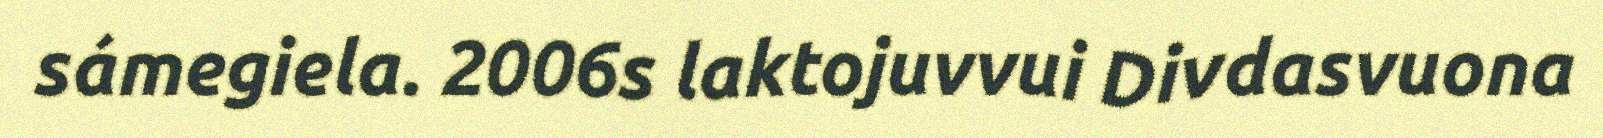
sámegiela. 2006s laktojuvvui Divdasvuona